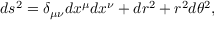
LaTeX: d s ^ { 2 } = \delta _ { \mu \nu } d x ^ { \mu } d x ^ { \nu } + d r ^ { 2 } + r ^ { 2 } d \theta ^ { 2 } ,